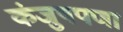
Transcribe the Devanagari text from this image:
कंजुषपणा